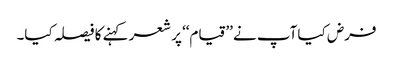
فرض کیا آپ نے ’’قیام‘‘ پر شعر کہنے کا فیصلہ کیا۔